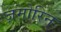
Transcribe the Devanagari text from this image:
ज़मोरिन्